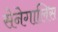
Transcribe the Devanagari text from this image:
सेनेगालिस